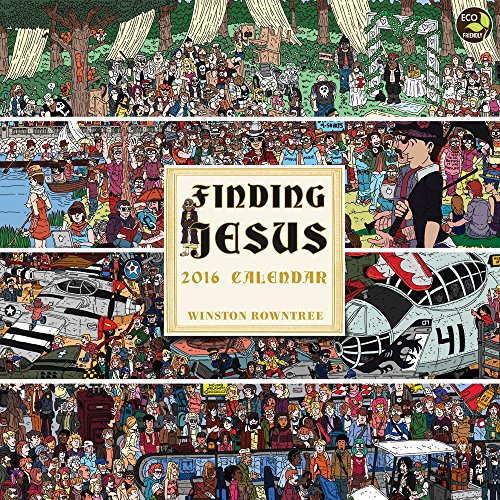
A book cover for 2016 Finding Jesus Wall Calendar; Winston Rowntree; Calendars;